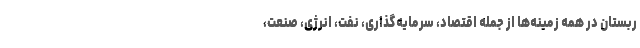
ربستان در همه زمینه‌ها از جمله اقتصاد، سرمایه‌گذاری، نفت، انرژی، صنعت،